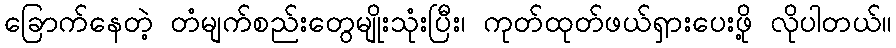
ခြောက်နေတဲ့ တံမျက်စည်းတွေမျိုးသုံးပြီး၊ ကုတ်ထုတ်ဖယ်ရှားပေးဖို့ လိုပါတယ်။